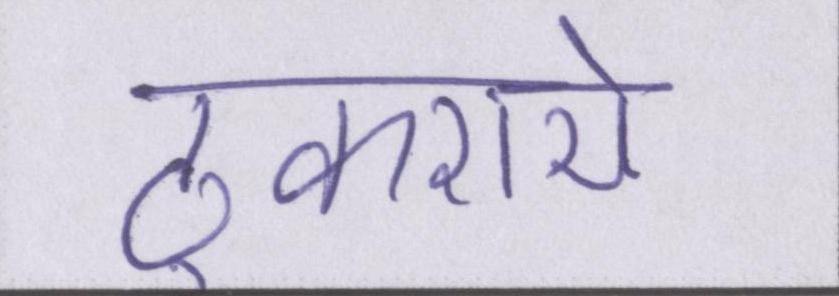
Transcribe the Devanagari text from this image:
ठुकराये